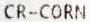
CR-CORN